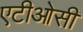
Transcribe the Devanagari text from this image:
एटीओसी